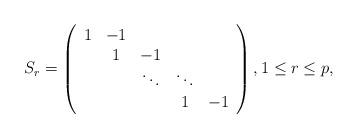
LaTeX: \begin{align*} S_{r}=\left(\begin{array}{ccccc}1&-1&&&\\&1&-1&&\\&&\ddots&\ddots&\\&&&1&-1\end{array}\right) , 1\leq r\leq p,\end{align*}